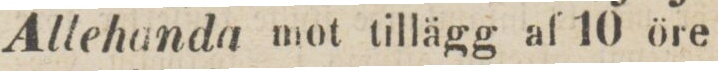
Allehanda mot tillägg af 10 öre